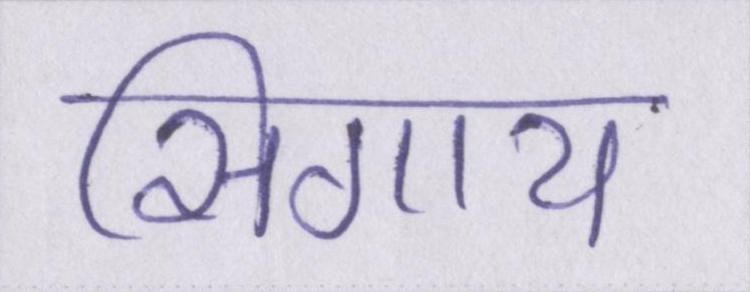
सिगाय